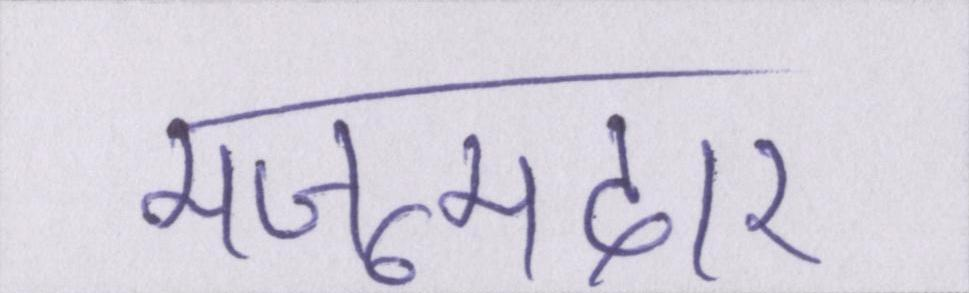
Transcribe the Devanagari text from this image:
मजूमदार